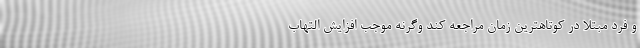
و فرد مبتلا در کوتاهترین زمان مراجعه کند وگرنه موجب افزایش التهاب